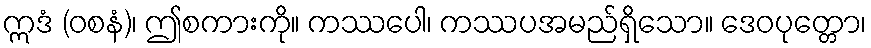
ဣဒံ (ဝစနံ)၊ ဤစကားကို။ ကဿပေါ၊ ကဿပအမည်ရှိသော။ ဒေဝပုတ္တော၊